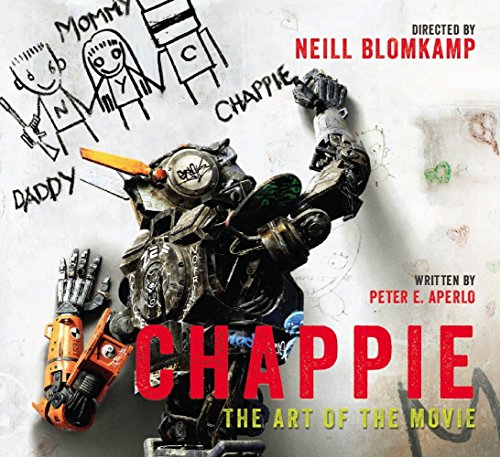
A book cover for Chappie: The Art of the Movie; Peter Aperlo; Humor & Entertainment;